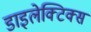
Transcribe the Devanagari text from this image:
डाइलेक्टिक्स